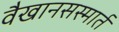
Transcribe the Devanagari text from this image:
वैखानसस्मार्त